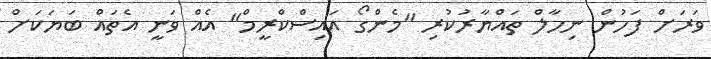
ވަރަށް ފަހުން ނިހާލް ތައްޔާރުކުރި "މެންގޯ އައިސްކްރީމް" އެއް ވަނީ އެތައް ބަޔަކަށް